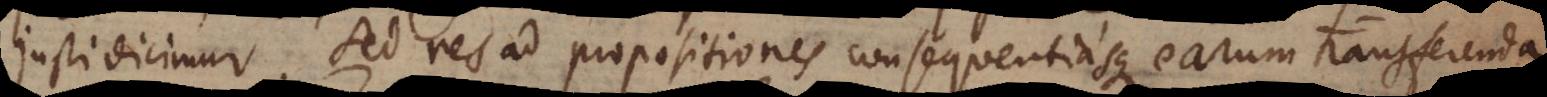
ichen. res ad propositiones consequentiasque earum transferenda